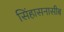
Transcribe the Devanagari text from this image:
सिंहासनासीब